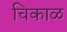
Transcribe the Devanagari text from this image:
चिकाळ